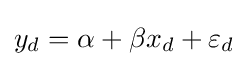
y_{d}=\alpha +\beta x_{d}+\varepsilon _{d}